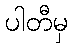
ပါတီမှ